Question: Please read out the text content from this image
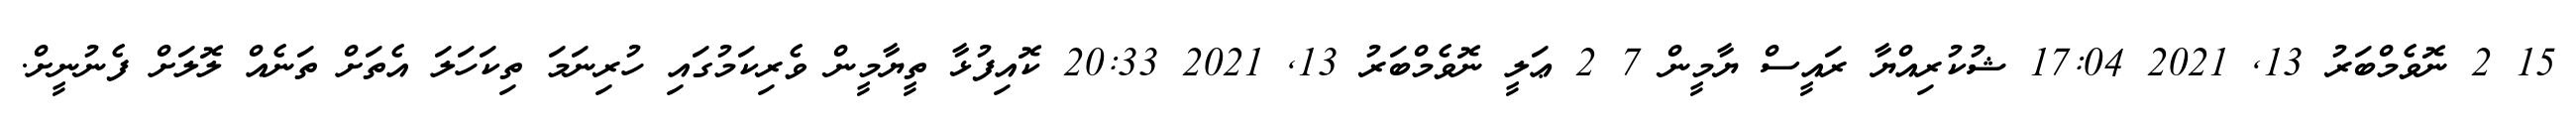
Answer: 15 2 ނޮވެމްބަރު 13, 2021 17:04 ޝުކުރިއްޔާ ރައީސް ޔާމީން 7 2 ޢަލީ ނޮވެމްބަރު 13, 2021 20:33 ކޮއިފުޅާ ތީޔާމީން ވެރިކަމުގައި ހުރިނަމަ ތިކަހަލަ އެތަށް ތަނެއް ލޮލަށް ފެނުނީށް.